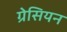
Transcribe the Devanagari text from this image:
ग्रेसियन